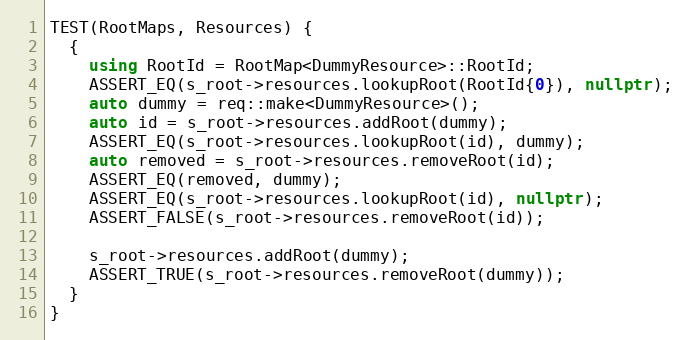
Language: C++
TEST(RootMaps, Resources) {
  {
    using RootId = RootMap<DummyResource>::RootId;
    ASSERT_EQ(s_root->resources.lookupRoot(RootId{0}), nullptr);
    auto dummy = req::make<DummyResource>();
    auto id = s_root->resources.addRoot(dummy);
    ASSERT_EQ(s_root->resources.lookupRoot(id), dummy);
    auto removed = s_root->resources.removeRoot(id);
    ASSERT_EQ(removed, dummy);
    ASSERT_EQ(s_root->resources.lookupRoot(id), nullptr);
    ASSERT_FALSE(s_root->resources.removeRoot(id));

    s_root->resources.addRoot(dummy);
    ASSERT_TRUE(s_root->resources.removeRoot(dummy));
  }
}